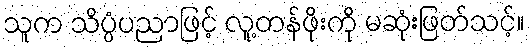
သူက သိပ္ပံပညာဖြင့် လူ့တန်ဖိုးကို မဆုံးဖြတ်သင့်။